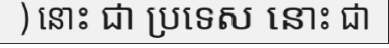
) នោះ ជា ប្រទេស នោះ ជា